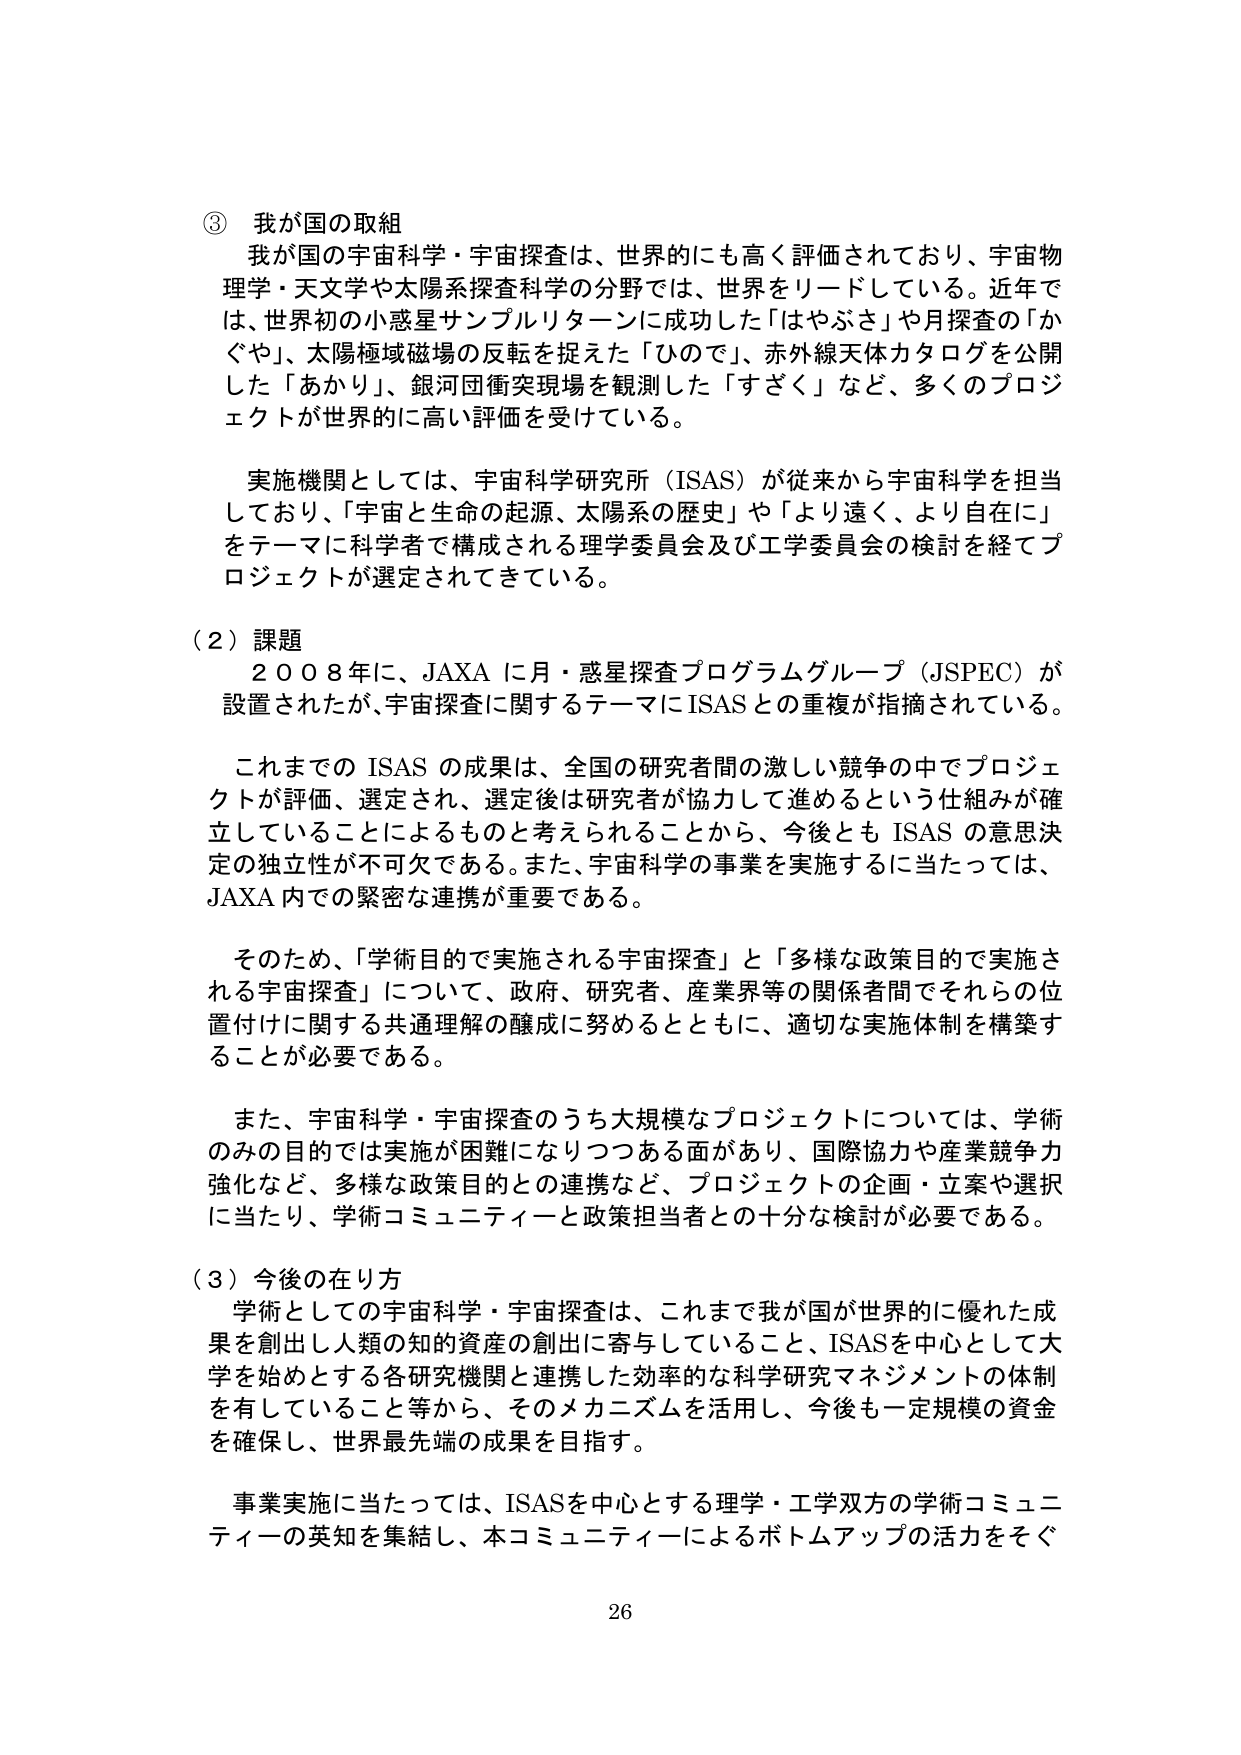
③ 我が国の取組
我が国の宇宙科学・宇宙探査は、世界的にも高く評価されており、宇宙物理学・天文学や太陽系探査科学の分野では、世界をリードしている。近年では、世界初の小惑星サンプルリターンに成功した「はやぶさ」や月探査の「かぐや」、太陽極域磁場の反転を捉えた「ひので」、赤外線天体カタログを公開した「あかり」、銀河団衝突現場を観測した「すざく」など、多くのプロジェクトが世界的に高い評価を受けている。

実施機関としては、宇宙科学研究所（ISAS）が従来から宇宙科学を担当しており、「宇宙と生命の起源、太陽系の歴史」や「より遠く、より自在に」をテーマに研究者で構成される理学委員会及び工学委員会の検討を経てプロジェクトが選定されてきている。

（２）課題
２００８年に、JAXA に月・惑星探査プログラムグループ（JSPEC）が設置されたが、宇宙探査に関するテーマにISASとの重複が指摘されている。

これまでの ISAS の成果は、全国の研究者間の激しい競争の中でプロジェクトが評価、選定され、選定後は研究者が協力して進めるという仕組みが確立していることによるものと考えられることから、今後とも ISAS の意思決定の独立性が不可欠である。また、宇宙科学の事業を実施するに当たっては、JAXA 内での緊密な連携が重要である。

そのため、「学術目的で実施される宇宙探査」と「多様な政策目的で実施される宇宙探査」について、政府、研究者、産業界等の関係者間でそれらの位置付けに関する共通理解の醸成に努めるとともに、適切な実施体制を構築することが必要である。

また、宇宙科学・宇宙探査のうち大規模なプロジェクトについては、学術のみの目的では実施が困難になりつつある面があり、国際協力や産業競争力強化など、多様な政策目的との連携など、プロジェクトの企画・立案や選択に当たり、学術コミュニティーと政策担当者との十分な検討が必要である。

（３）今後の在り方
学術としての宇宙科学・宇宙探査は、これまで我が国が世界的に優れた成果を創出し人類の知的資産の創出に寄与していること、ISASを中心として大学を始めとする各研究機関と連携した効率的な科学研究マネジメントの体制を有していること等から、そのメカニズムを活用し、今後も一定規模の資金を確保し、世界最先端の成果を目指す。

事業実施に当たっては、ISASを中心とする理学・工学双方の学術コミュニティの英知を集結し、本コミュニティによるボトムアップの活力をそぐ

26